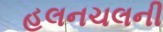
હલનચલની